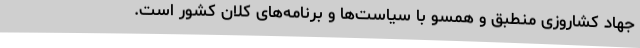
جهاد کشاروزی منطبق و همسو با سیاست‌ها و برنامه‌های کلان کشور است.